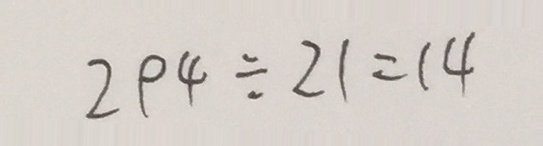
2 9 4 \div 2 1 = 1 4